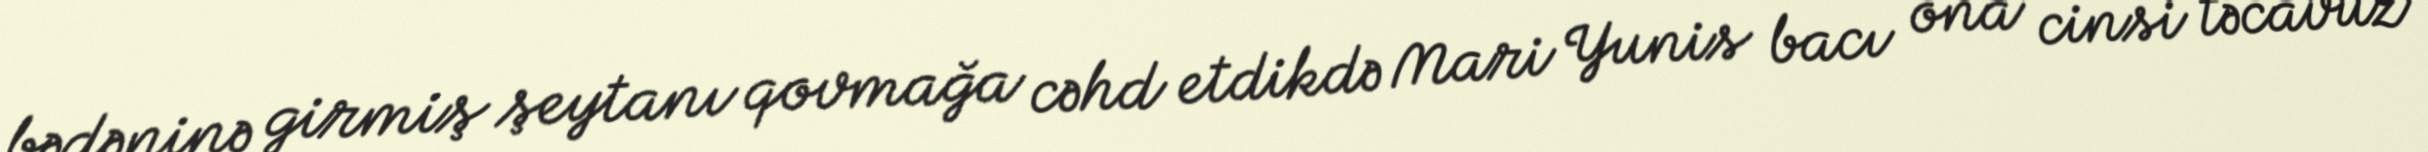
bədəninə girmiş şeytanı qovmağa cəhd etdikdə Mari Yunis bacı ona cinsi təcavüz